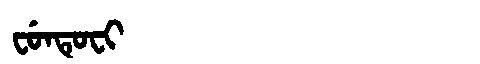
Manchu: ᠸᡠᠨᡨᡠᠸᡳ
Romanization: FUNTUFI